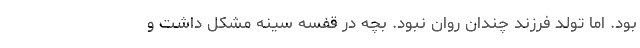
بود. اما تولد فرزند چندان روان نبود. بچه در قفسه سینه مشکل داشت و